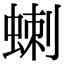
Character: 𮔗